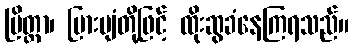
ပြိတ္တာ၊ မြားပျံတို့ဖြင့် ထိုးဆွခံနေကြရသည်။